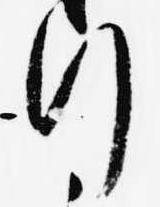
行